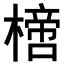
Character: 𣚌